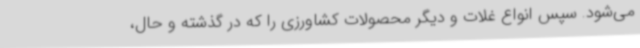
می‌شود. سپس انواع غلات و دیگر محصولات کشاورزی را که در گذشته و حال،